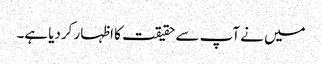
میں نے آپ سے حقیقت کا اظہار کردیا ہے۔